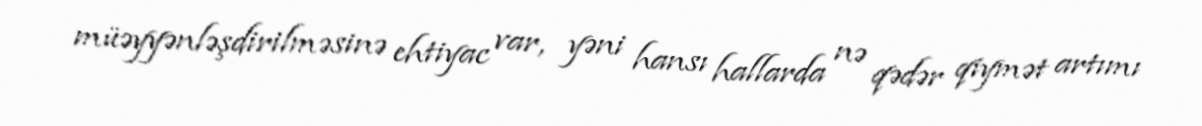
müəyyənləşdirilməsinə ehtiyac var, yəni hansı hallarda nə qədər qiymət artımı